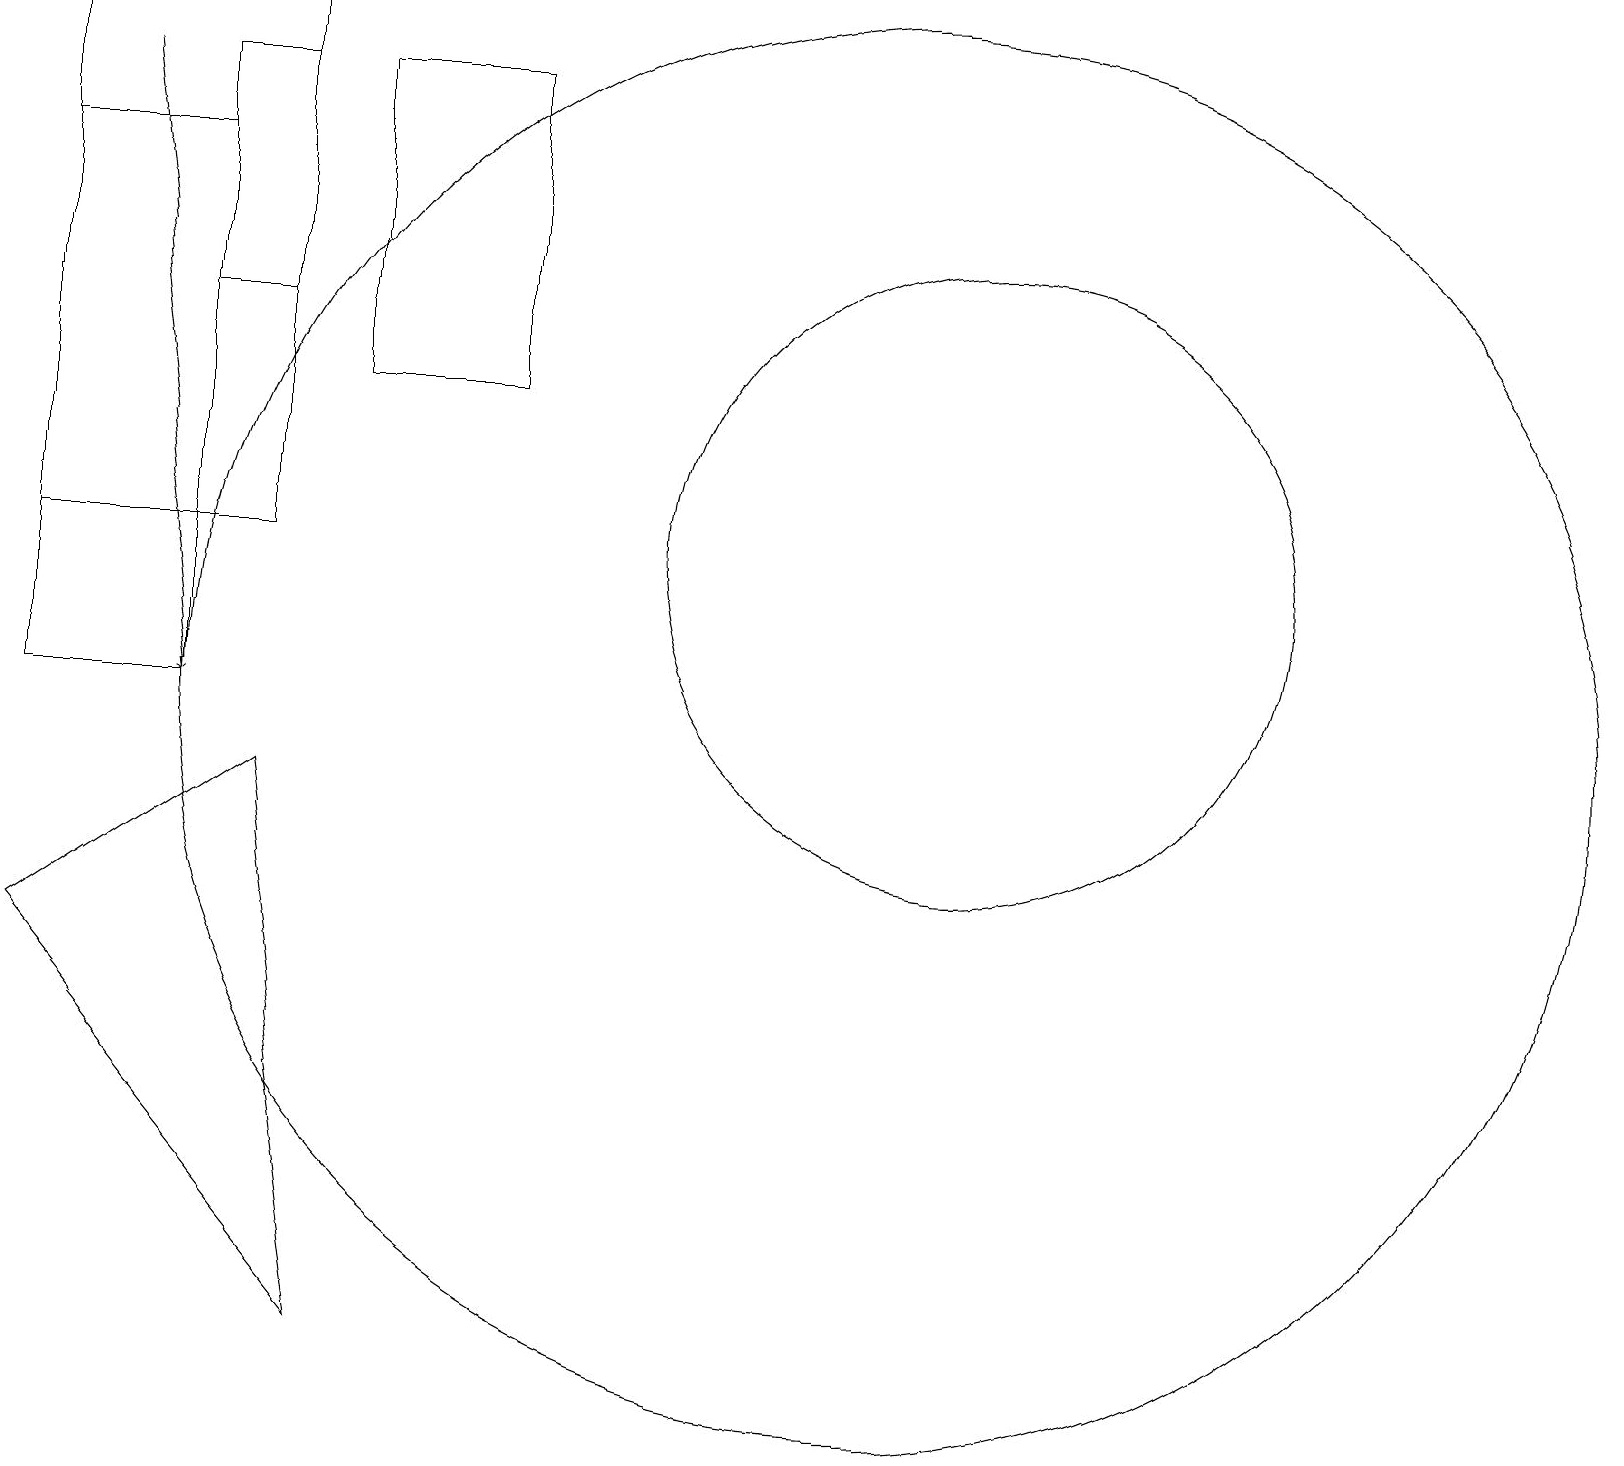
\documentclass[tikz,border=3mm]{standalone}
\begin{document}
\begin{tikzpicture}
\draw (3,9) -- (0,7) -- (4,2) -- cycle;
\draw (11,10) circle (9);
\draw (12,12) circle (4);
\draw (3,18) rectangle (2,15);
\draw (4,14) rectangle (6,18);
\draw[->] (1,18) -- (2,10);
\draw (0,10) rectangle (2,17);
\draw (0,19) rectangle (3,12);
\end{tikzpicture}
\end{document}